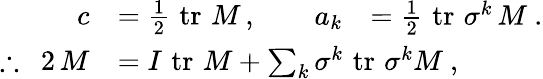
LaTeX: {\begin{array}{rl}{c}&{={\frac{1}{2}}\, \operatorname{tr}\, M\, ,{\begin{array}{rlrl}&{}&{a_{k}}&{={\frac{1}{2}}\, \operatorname{tr}\, \sigma^{k}\, M~.}\end{array}}}\\ {\therefore~~2\, M}&{=I\, \operatorname{tr}\, M+\sum_{k}\sigma^{k}\, \operatorname{tr}\, \sigma^{k}M~,}\end{array}}